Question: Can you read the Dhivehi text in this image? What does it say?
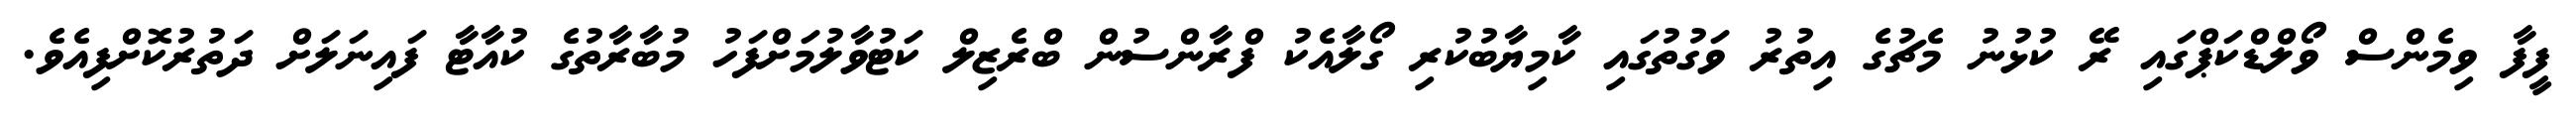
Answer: ފީފާ ވިމެންސް ވޯލްޑްކަޕްގައި ރޭ ކުޅުނު މެޗުގެ އިތުރު ވަގުތުގައި ކާމިޔާބުކުރި ގޯލާއެކު ފްރާންސުން ބްރެޒިލް ކަޓުވާލުމަށްފަހު މުބާރާތުގެ ކުއާޓާ ފައިނަލަށް ދަތުރުކޮށްފިއެވެ.